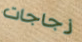
زجاجات